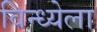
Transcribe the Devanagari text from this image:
विन्ध्येला